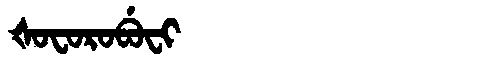
Manchu: ᡧᠣᠸᠣᡵᠣᠪᡠᠸᡳ
Romanization: ŠOFOROBUFI